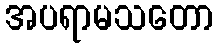
အပရာမသတော